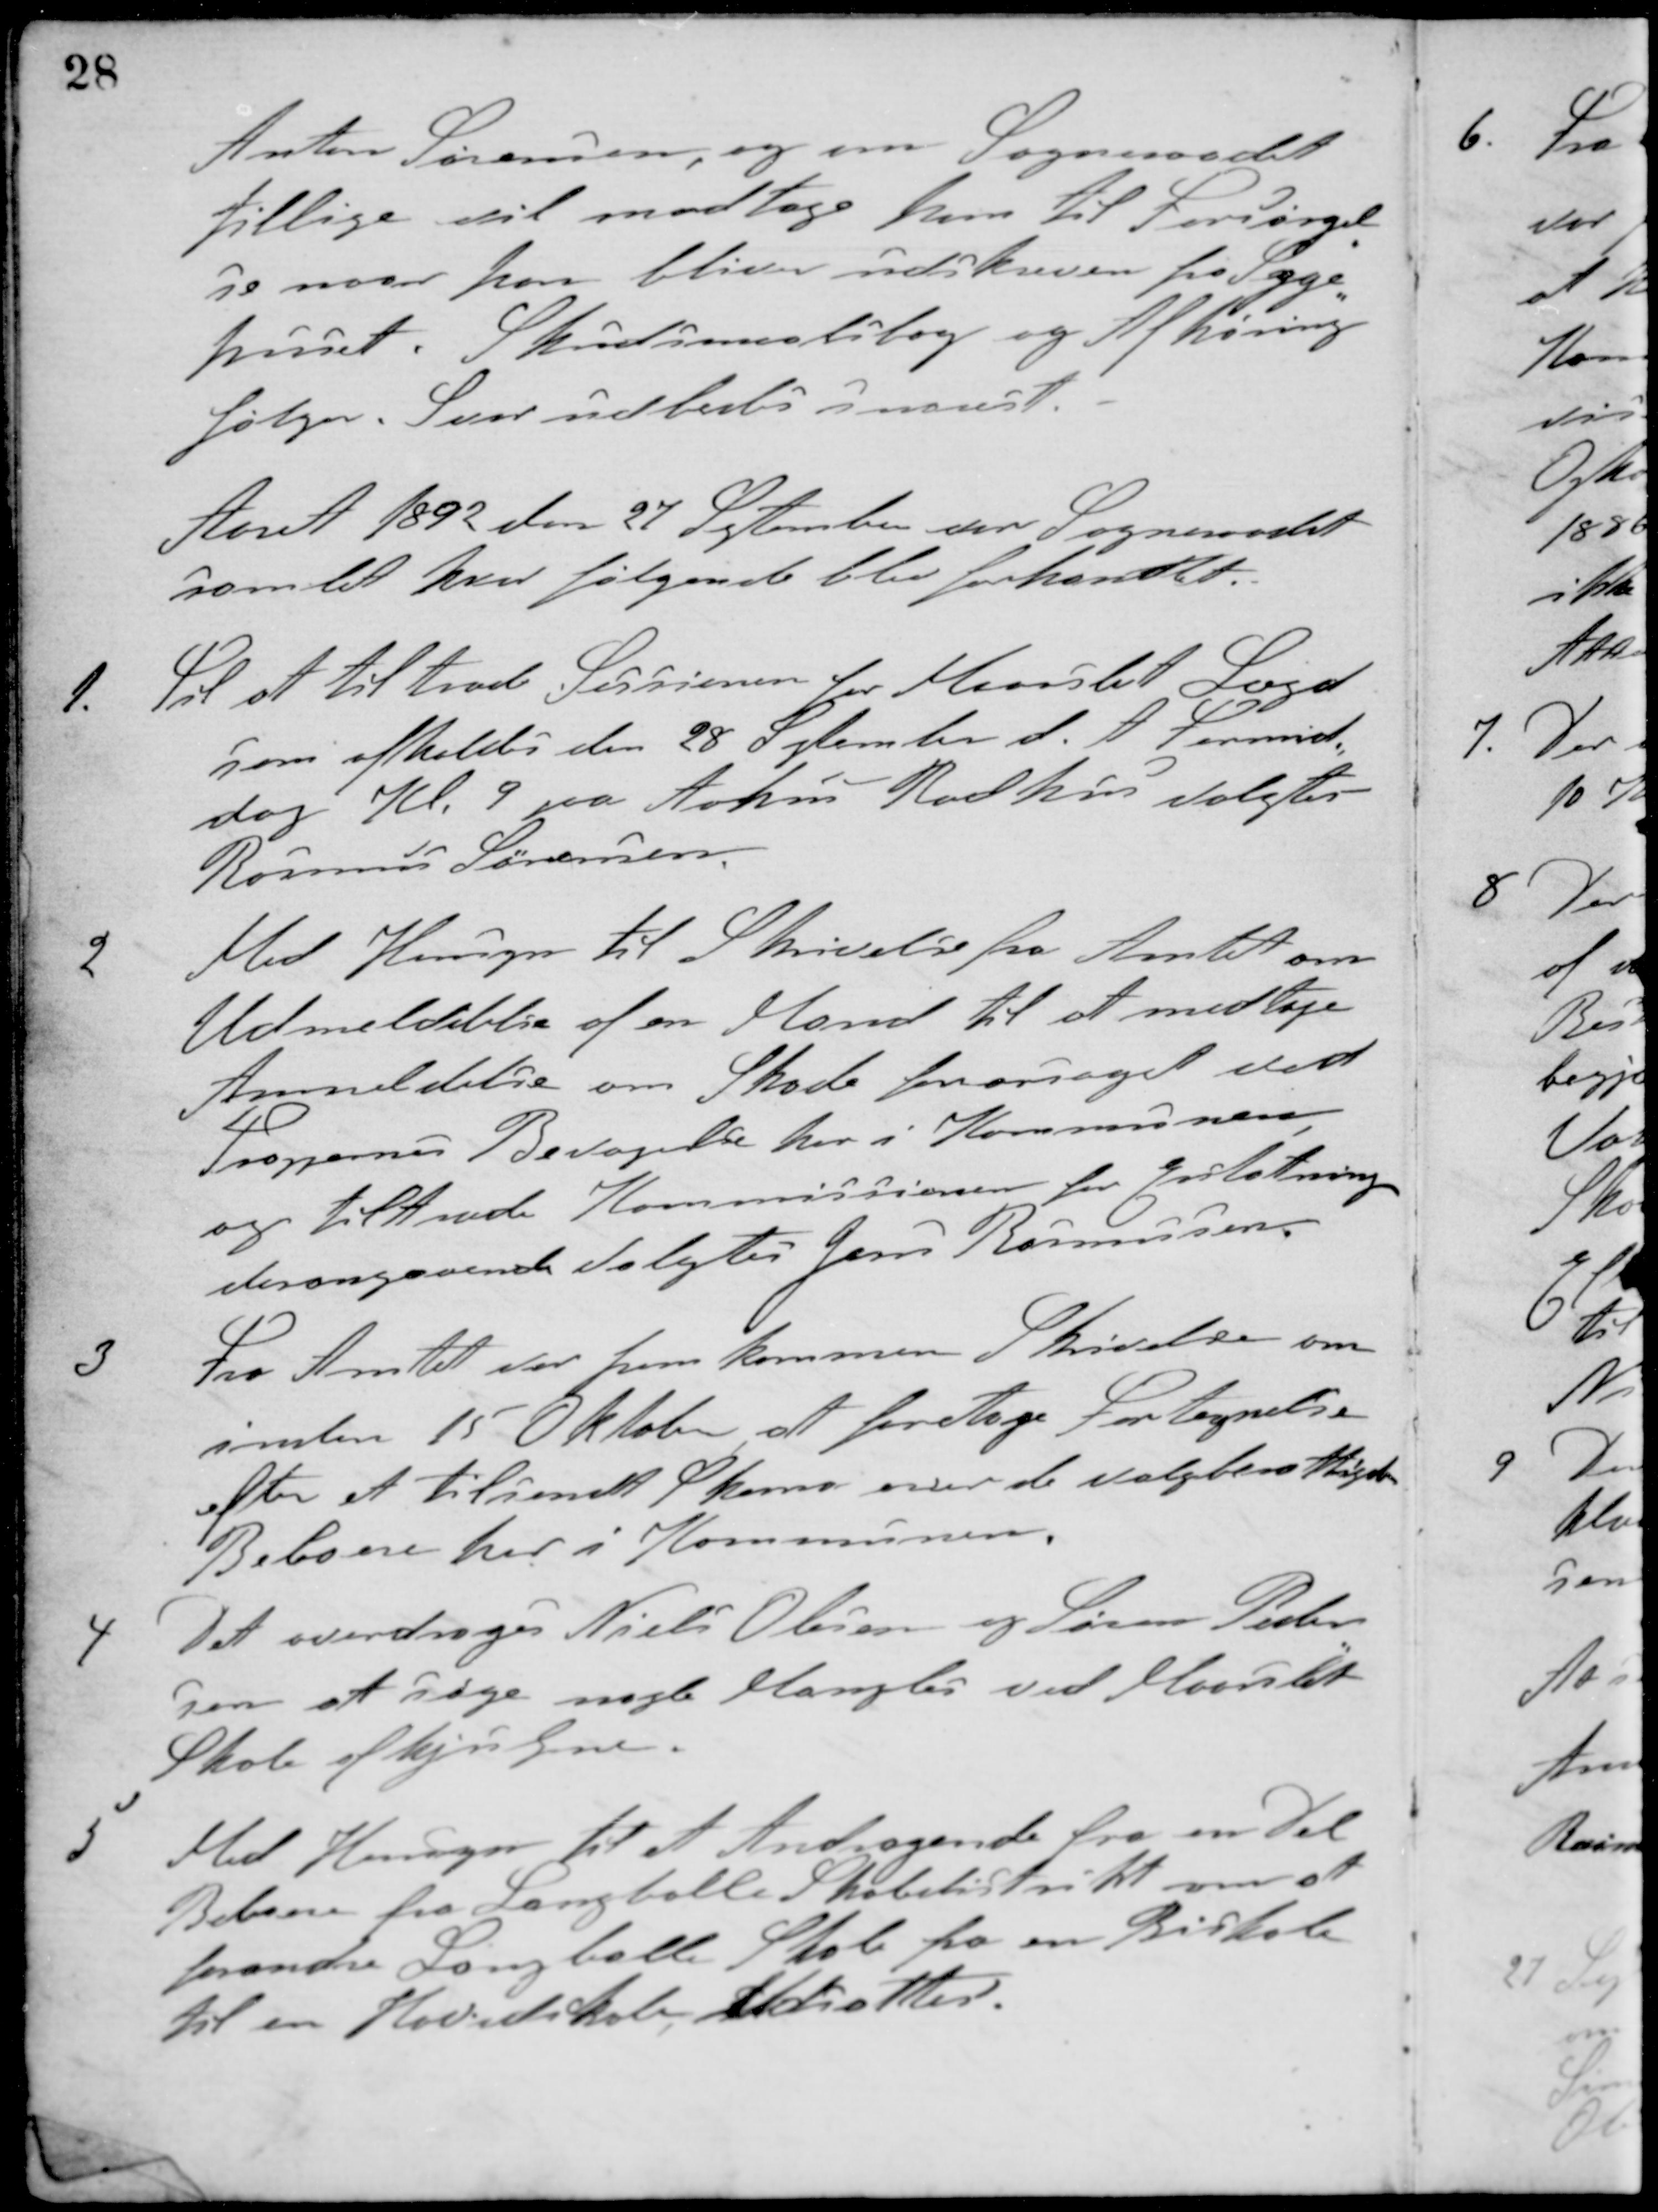
Transskription:
Anton Sørensen, og om Sogneraadet
tillige vil modtage ham til Forsørgel-
se naar han bliver udskreven fra Syge-
huset. Skudsmaalsbog og Afhøring
følger. Svar udbedes snarest.
Aaret 1892 den 27 September var Sogneraadet
samlet hvor følgende blev forhandlet.
1.Til at tiltræde Sessionen for Maarslet Lagd
som afholdes den 28 September d. A. Formid-
dag Kl. 9 paa Aarhus Raadhus valgtes
Rasmus Sørensen
2. Med Hensyn til Skrivelse fra Amtet om
Udmeldelse af en Mand til at medtage
Anmeldelse om Skade foraarsaget ved
Troppernes Bevægelse her i Kommunen
og tiltræde Kommissionen for Erstatning
desangaaende Valgtes Jens Rasmussen.
3. Fra Amtet var fremkommen Skrivelse om
inden 15 Oktober at foretage Fortegnelse
efter et tilsendt Skema over de valgberettigede
Beboere her i Kommunen.
4 Det overdroges Niels Olesen og Søren Peder-
sen at søge nogle Mangler ved Maarslet
Skole afhjulpne.
5. Med Hensyn til et Andragende fra en Del
Beboere fra Langballe Skoledistrikt om at
forandre Langballe Skole fra en Biskole
til en Hovedskole, Udsattes.